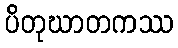
ပိတုဃာတကဿ